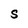
Character: S